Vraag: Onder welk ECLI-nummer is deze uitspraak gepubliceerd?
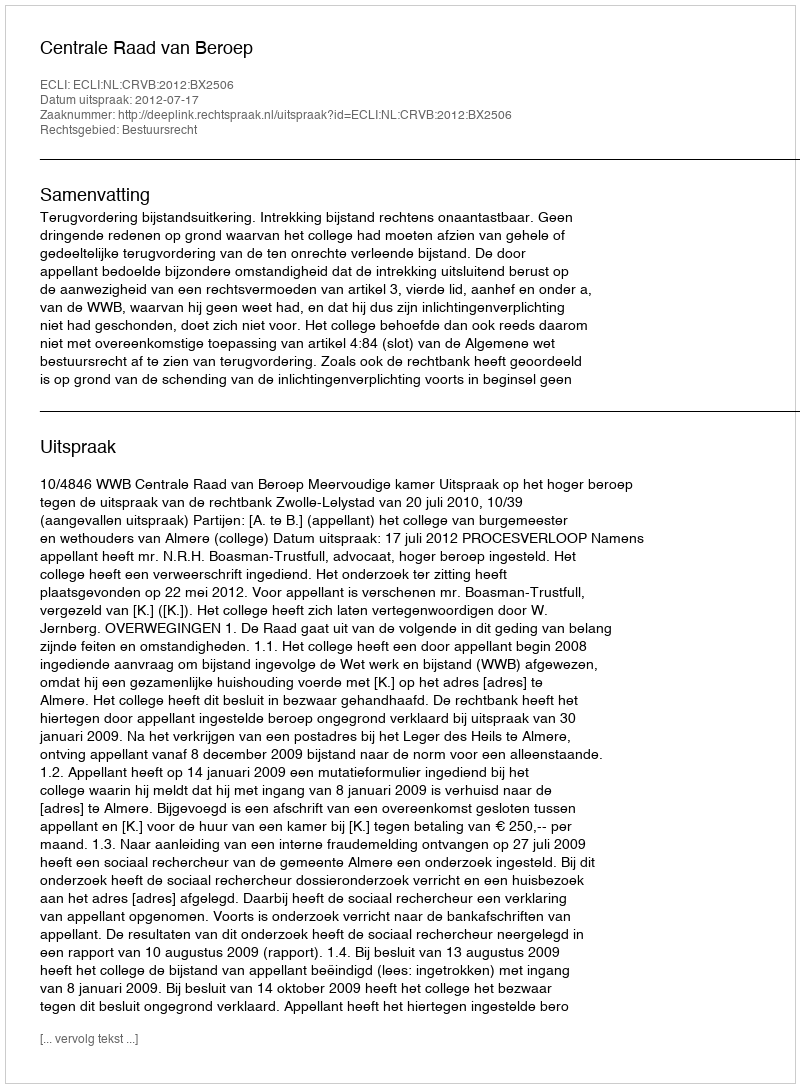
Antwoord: ECLI:NL:CRVB:2012:BX2506